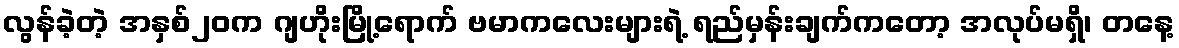
လွန်ခဲ့တဲ့ အနှစ်၂၀က ဂျဟိုးမြို့ရောက် ဗမာကလေးများရဲ့ ရည်မှန်းချက်ကတော့ အလုပ်မရှိ၊ တနေ့